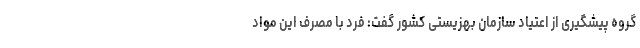
گروه پیشگیری از اعتیاد سازمان بهزیستی کشور گفت: فرد با مصرف این مواد